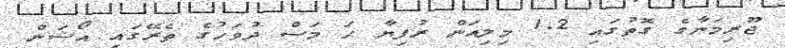
ޖޫރިމަނާގެ ގޮތުގައި 1.2 މިލިއަން ރުފިޔާ ހަ މަސް ދުވަހުގެ ތެރޭގައި އޯޝަން